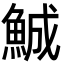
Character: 鯎